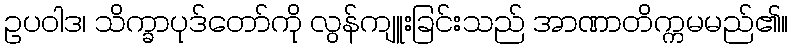
ဥပဝါဒ၊ သိက္ခာပုဒ်တော်ကို လွန်ကျူးခြင်းသည် အာဏာတိက္ကမမည်၏။